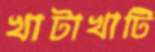
খাটাখাটি